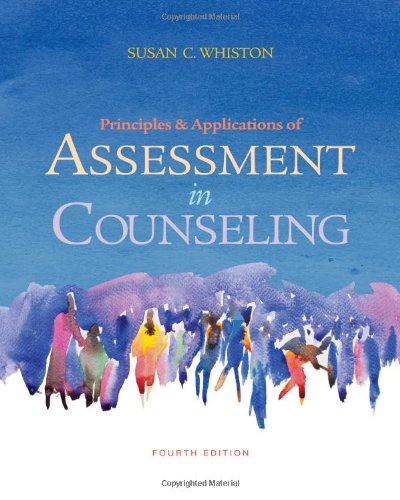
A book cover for Principles and Applications of Assessment in Counseling, 4th Edition; Susan C. Whiston; Medical Books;